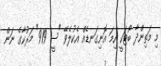
މި މަތިންދާ ބޯޓަކީ ހިމަ އޮނިގަނޑެއް އެކުލެވޭ "ސީ 919" މަރުކާގެ ނަން